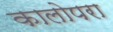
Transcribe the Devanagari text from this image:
कालोपरा